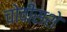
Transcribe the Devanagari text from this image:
चोवीसशे